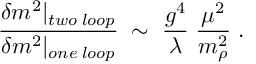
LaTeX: \frac { \delta m ^ { 2 } | _ { t w o \; l o o p } } { \delta m ^ { 2 } | _ { o n e \; l o o p } } \; \sim \; \frac { g ^ { 4 } } { \lambda } \; \frac { \mu ^ { 2 } } { m _ { \rho } ^ { 2 } } \; .